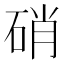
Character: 硝